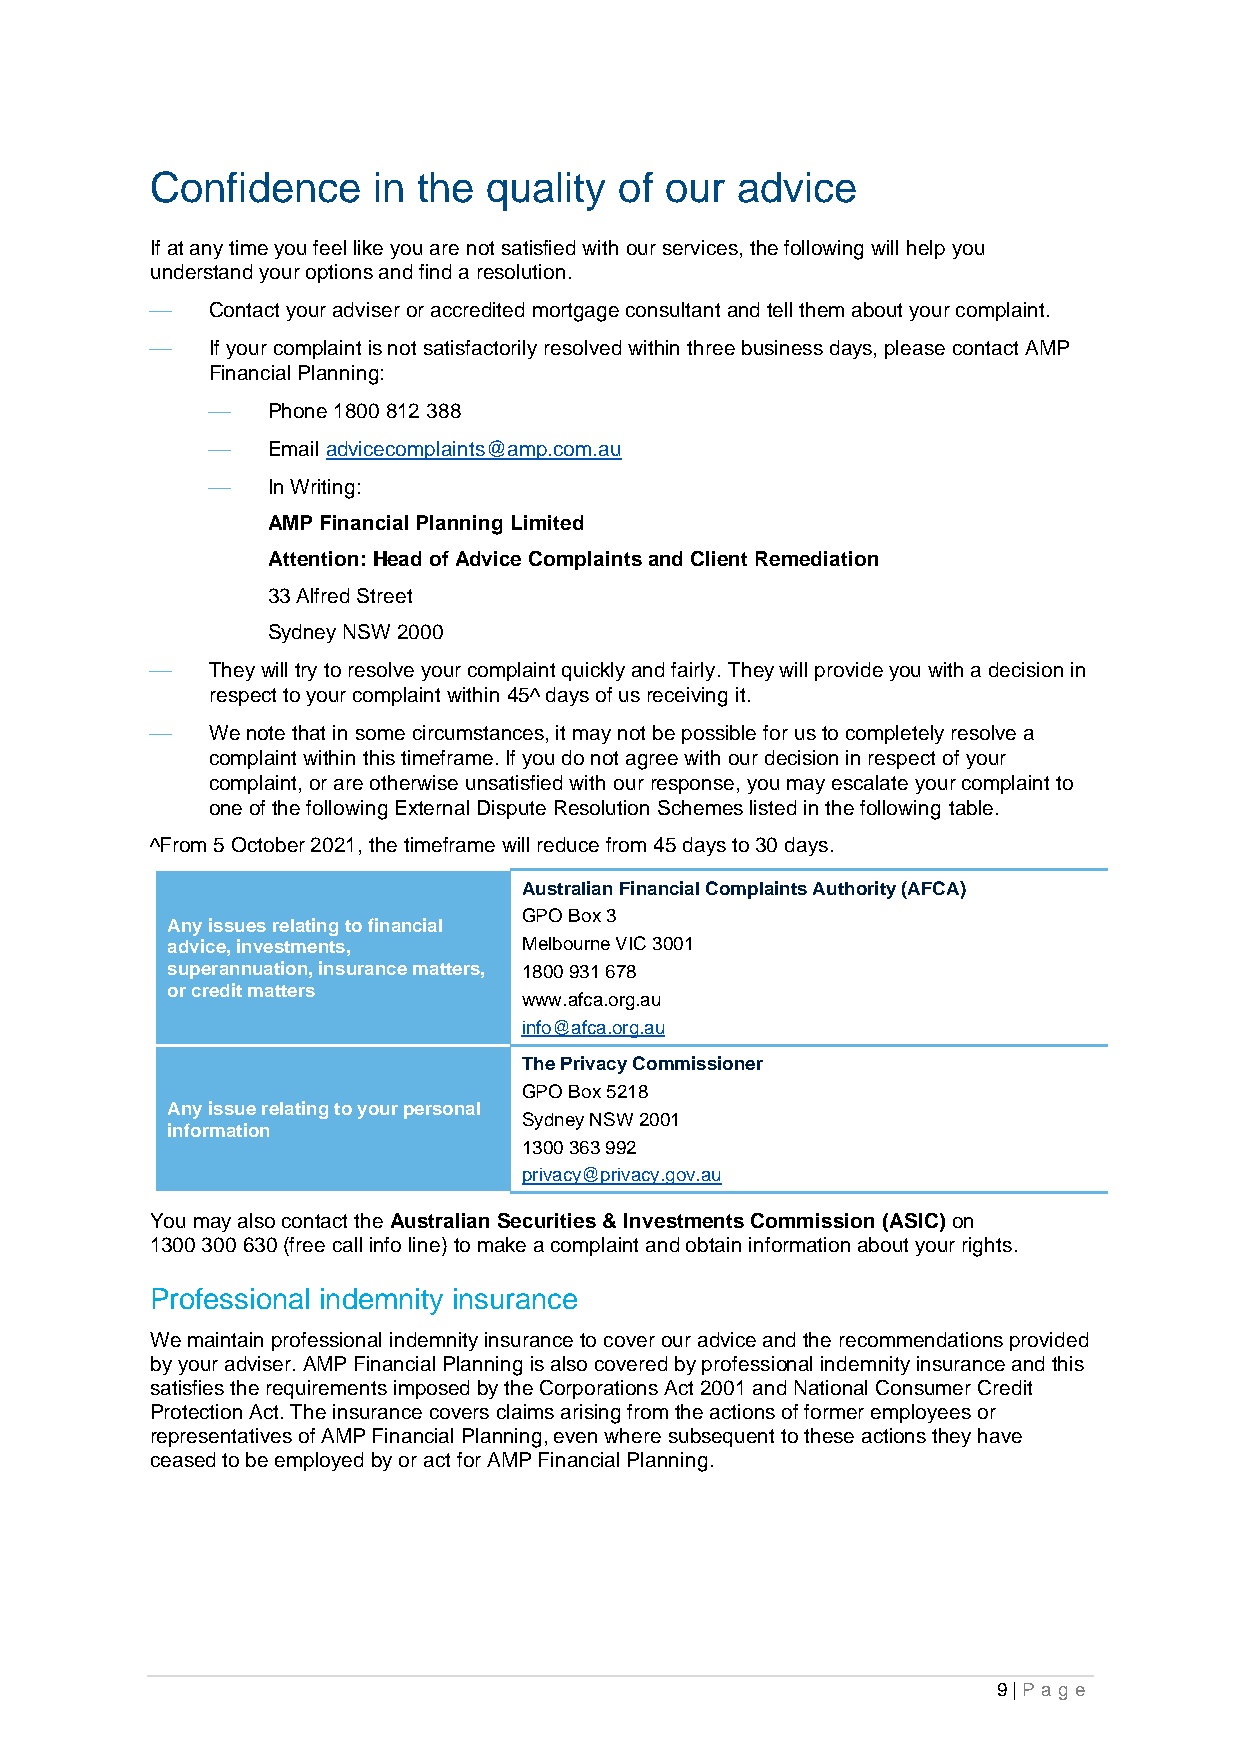
Confidence     in the quality  of our  advice
 If at any time you feel like you are not satisfied with our services, the following will help you
 understand your options and find a resolution.
 ⎯   Contact your adviser or accredited mortgage consultant and tell them about your complaint.
 ⎯   If your complaint is not satisfactorily resolved within three business days, please contact AMP
 Financial Planning:
 ⎯   Phone 1800 812 388
 ⎯   Email advicecomplaints@amp.com.au
 ⎯   In Writing:
 AMP Financial Planning Limited
 Attention: Head of Advice Complaints and Client Remediation
 33 Alfred Street
 Sydney NSW 2000
 ⎯   They will try to resolve your complaint quickly and fairly. They will provide you with a decision in
 respect to your complaint within 45^ days of us receiving it.
 ⎯   We note that in some circumstances, it may not be possible for us to completely resolve a
 complaint within this timeframe. If you do not agree with our decision in respect of your
 complaint, or are otherwise unsatisfied with our response, you may escalate your complaint to
 one of the following External Dispute Resolution Schemes listed in the following table.
 ^From 5 October 2021, the timeframe will reduce from 45 days to 30 days.
 Australian Financial Complaints Authority (AFCA)
 GPO Box 3
 Any issues relating to financial
 advice, investments,    Melbourne VIC 3001
 superannuation, insurance matters, 1800 931 678
 or credit matters
 www.afca.org.au
 info@afca.org.au
 The Privacy Commissioner
 GPO Box 5218
 Any issue relating to your personal
 Sydney NSW 2001
 information
 1300 363 992
 privacy@privacy.gov.au
 You may also contact the Australian Securities & Investments Commission (ASIC) on
 1300 300 630 (free call info line) to make a complaint and obtain information about your rights.
 Professional indemnity insurance
 We maintain professional indemnity insurance to cover our advice and the recommendations provided
 by your adviser. AMP Financial Planning is also covered by professional indemnity insurance and this
 satisfies the requirements imposed by the Corporations Act 2001 and National Consumer Credit
 Protection Act. The insurance covers claims arising from the actions of former employees or
 representatives of AMP Financial Planning, even where subsequent to these actions they have
 ceased to be employed by or act for AMP Financial Planning.
 9 | Pa g e